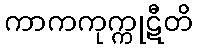
ကာကကုက္ကုဋီတိ